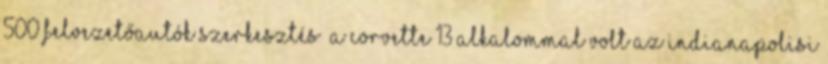
500 felvezetőautók szerkesztés A Corvette 13 alkalommal volt az Indianapolisi